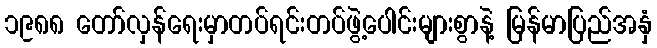
၁၉၈၈ တော်လှန်ရေးမှာတပ်ရင်းတပ်ဖွဲ့ပေါင်းများစွာနဲ့ မြန်မာပြည်အနှံ